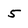
Character: 5